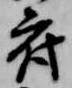
府